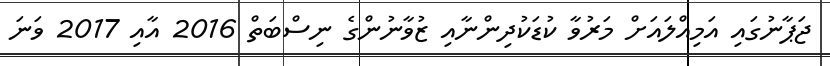
ޖަޕާނުގައި އަމިއްލައަށް މަރުވާ ކުޑަކުދިންނާއި ޒުވާނުންގެ ނިސްބަތް 2016 އާއި 2017 ވަނަ